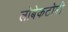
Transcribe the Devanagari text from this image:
लोबेकटोमी